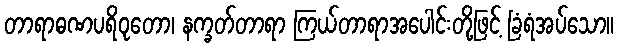
တာရာဓဏပရိဝုတော၊ နက္ခတ်တာရာ ကြယ်တာရာအပေါင်းတို့ဖြင့် ခြံရံအပ်သော။